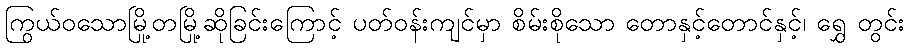
ကြွယ်ဝသောမြို့တမြို့ဆိုခြင်းကြောင့် ပတ်ဝန်းကျင်မှာ စိမ်းစိုသော တောနှင့်တောင်နှင့်၊ ရွှေ တွင်း